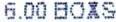
6.00 BOXS